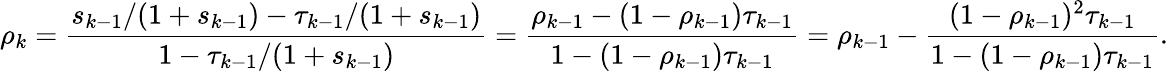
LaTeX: \rho_{k}=\frac{s_{k-1}/(1+s_{k-1})-\tau_{k-1}/(1+s_{k-1})}{1-\tau_{k-1}/(1+s_{k-1})}=\frac{\rho_{k-1}-(1-\rho_{k-1})\tau_{k-1}}{1-(1-\rho_{k-1})\tau_{k-1}}=\rho_{k-1}-\frac{(1-\rho_{k-1})^{2}\tau_{k-1}}{1-(1-\rho_{k-1})\tau_{k-1}}.